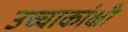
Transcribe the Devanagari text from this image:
उच्चाकांक्षी